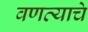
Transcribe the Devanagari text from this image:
वणव्याचे